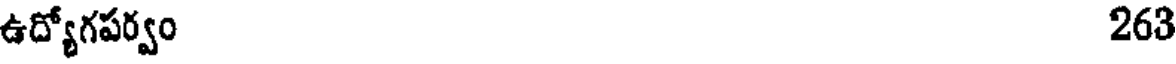
ఉద్యోగపర్వం 263